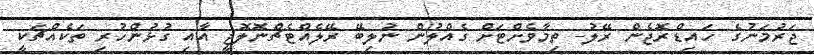
ޖަރުމަނުގެ ހައިޑްރޮޖެން ރޭލު- ތިމާވެށްޓަށް ގެއްލުން ނުލިބޭ ރޭލެއްޓެޗްނޮލޮޖީ އާއި ގުޅުންހުރި ތަކެއްޗަކީ